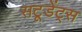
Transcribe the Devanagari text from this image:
सटूडेंट्स